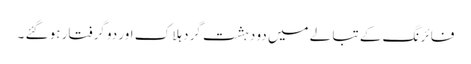
فا ئر نگ کے تبا لے میں دو دہشت گرد ہلا ک اور دو گرفتار ہو گئے ۔